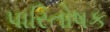
પારિતોષક